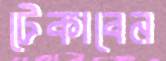
টেকাবেন